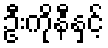
ဦးကိုနီနှင့်